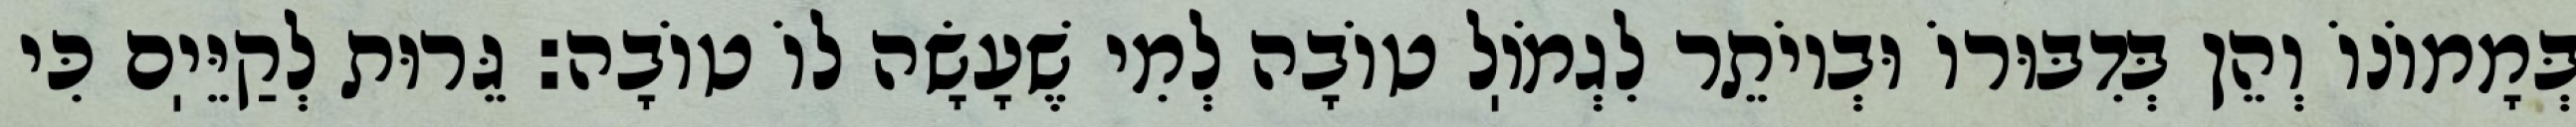
בְּמָמוֹנוֹ וְהֵן בְּדִבּוּרוֹ וּבְיוֹתֵר לִגְמֹוֽל טוֹבָה לְמִי שֶׁעָשָׂה לוֹ טוֹבָה: גֵּרוּת לְקַיֵּיֽם כִּי